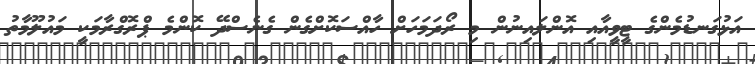
އަޅުގަނޑުމެންގެ ޓީވީއާއި އޮންލައިނުން މި ރޯދަމަހަށް ހާއްސަކޮށްގެން ގެނެސްދޭ ކޮންމެ ޕްރޮގްރާމަކީ މައުލޫމާތު